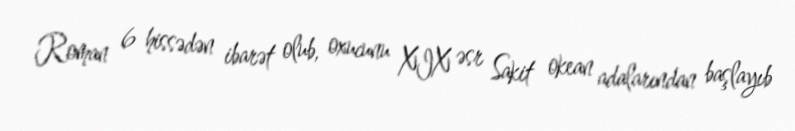
Roman 6 hissədən ibarət olub, oxucunu XIX əsr Sakit okean adalarından başlayıb